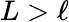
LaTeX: L>\ell